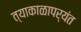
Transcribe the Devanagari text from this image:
त्याकाळापर्यंत